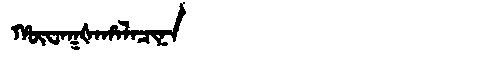
Manchu: ᡥᡡᠸᠠᡴᡧᠠᡥᠠᠯᠠᠴᡳᠨᠠ
Romanization: HŪWAKŠAHALACINA